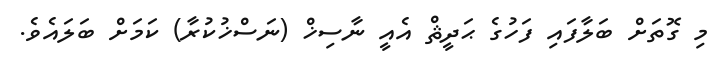
މި ގޮތަށް ބަލާފައި ފަހުގެ ޙަދީޘް އެއީ ނާސިޚް (ނަސްޚުކުރާ) ކަމަށް ބަލައެވެ.